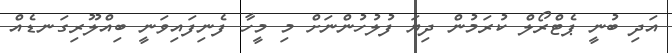
އަދި ބުނީ ޕެޓްރޯލް ކުރަމުން ދިޔަ ފުލުހުންނަށް މި މީހާ ފެނިފައިވަނީ ބިއްލޫރިގަނޑެއް